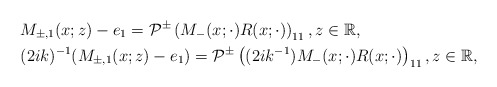
\begin{align*}&M_{\pm,1}(x;z)-e_1=\mathcal{P}^{\pm}\left(M_-(x ;\cdot) R(x;\cdot)\right)_{11} , z \in \mathbb{R},\\&(2ik)^{-1}(M_{\pm,1}(x;z)-e_1)=\mathcal{P}^{\pm}\left((2ik^{-1}) M_-(x ;\cdot) R(x;\cdot)\right)_{11} , z \in \mathbb{R},\end{align*}